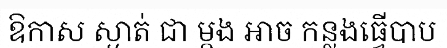
ឱកាស ស្ងាត់ ជា ម្តង អាច កន្លងធ្វើបាប